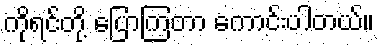
ကိုရင်တို့ ပြောကြတာ ကောင်းပါတယ်။